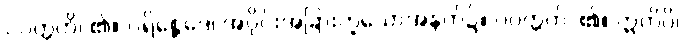
ပဝတ္တတိ၊ ၏။ ပရိစ္ဆေဒေ၊ အပိုင်းအခြားဟူသောအနက်၌။ ပဝတ္တတိ၊ ၏။ ဣတိပိ၊